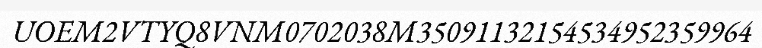
UOEM2VTYQ8VNM0702038M35091132154534952359964